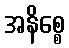
အနိစ္စေ